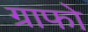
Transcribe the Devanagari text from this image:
ग्राफो